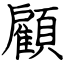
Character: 顧